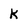
Character: k